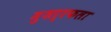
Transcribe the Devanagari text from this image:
मुशर्रफला